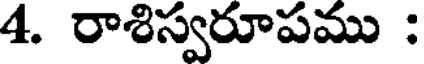
4. రాశిస్వరూపము :